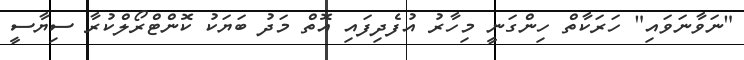
"ނަވާނަވައި" ހަރަކާތް ހިންގަނީ މިހާރު އުފެދިފައި އޮތް މަދު ބަޔަކު ކޮންޓްރޯލްކުރާ ސިޔާސީ